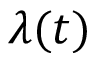
\lambda ( t )